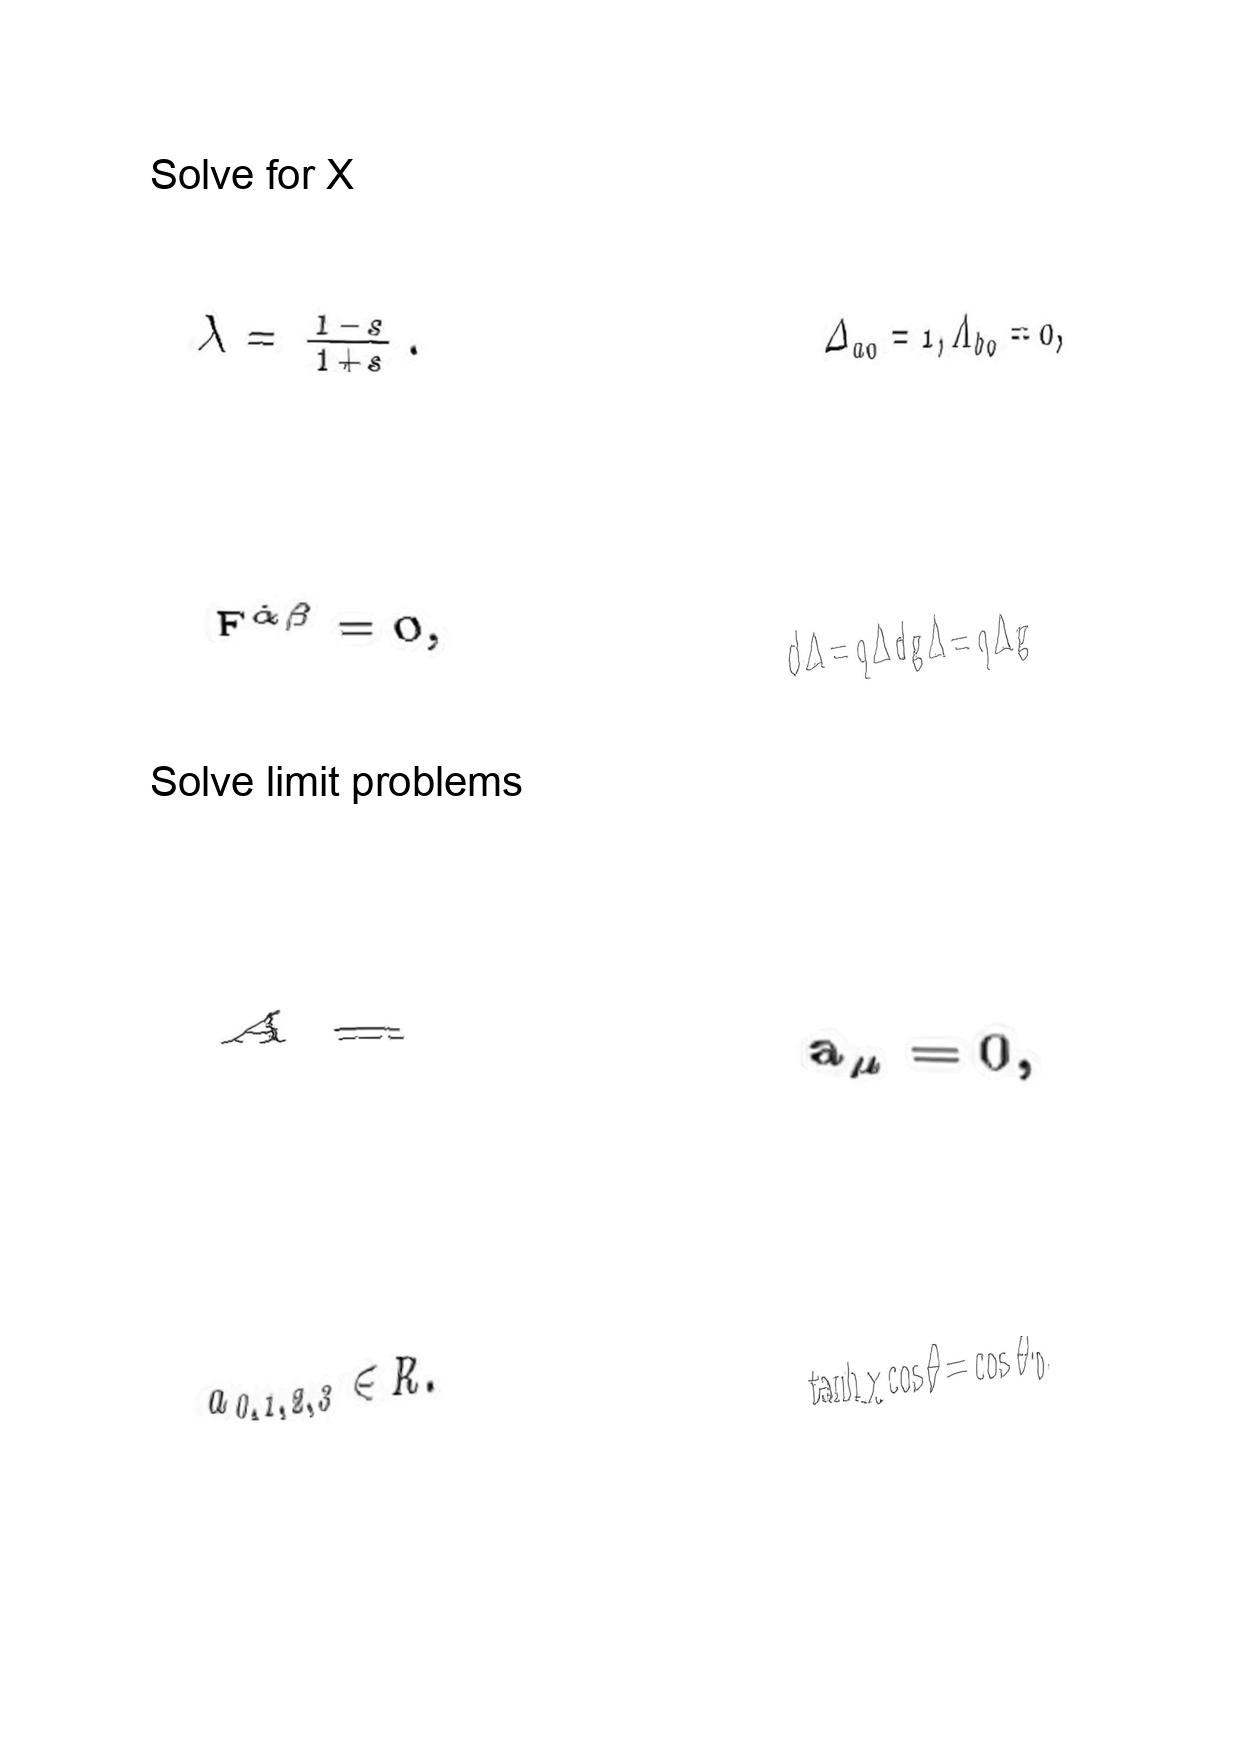
LaTeX transcription:
\lambda = \frac { 1 - s } { 1 + s } .
F ^ { \dot { \alpha } \dot { \beta } } = 0 ,
A =
a _ { 0 , 1 , 2 , 3 } \in R .
\Delta _ { a 0 } = 1 , \Lambda _ { b 0 } = 0 ,
d \Delta = q \Delta d g \Delta = q \Delta g
a _ { \mu } = 0 ,
\tanh \chi \cos \theta = \cos \theta _ { 0 }